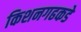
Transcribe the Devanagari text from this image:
किशनगढकडे